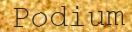
Podium